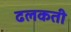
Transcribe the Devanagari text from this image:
ढलकती